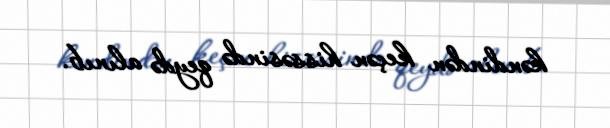
kəndindən keçən hissəsində qeydə alınıb.